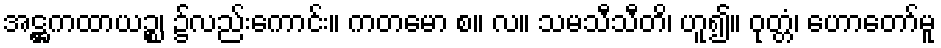
အဋ္ဌကထာယဉ္စ၊ ၌လည်းကောင်း။ ကတမော စ။ လ။ သမသီသီတိ၊ ဟူ၍။ ဝုတ္တံ၊ ဟောတော်မူ